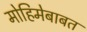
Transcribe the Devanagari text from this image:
मोहिमेबाबत